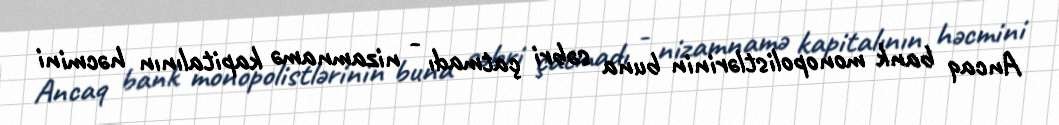
Ancaq bank monopolistlərinin buna səbri çatmadı - nizamnamə kapitalının həcmini